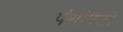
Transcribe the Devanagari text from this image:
पंथांपैकी